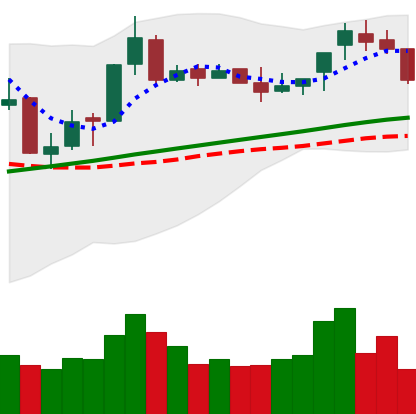
Ticker: BNB-USD
Chart end date: 2018-04-16
Forward return: 9.569%
Label: up_7plus